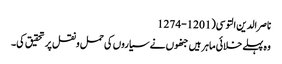
ناصر الدین التوسی(1201-1274
وہ پہلے خلائی ماہر ہیں جنھوں نے سیاروں کی حمل ونقل پر تحقیق کی۔